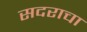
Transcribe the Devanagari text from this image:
सदराचा